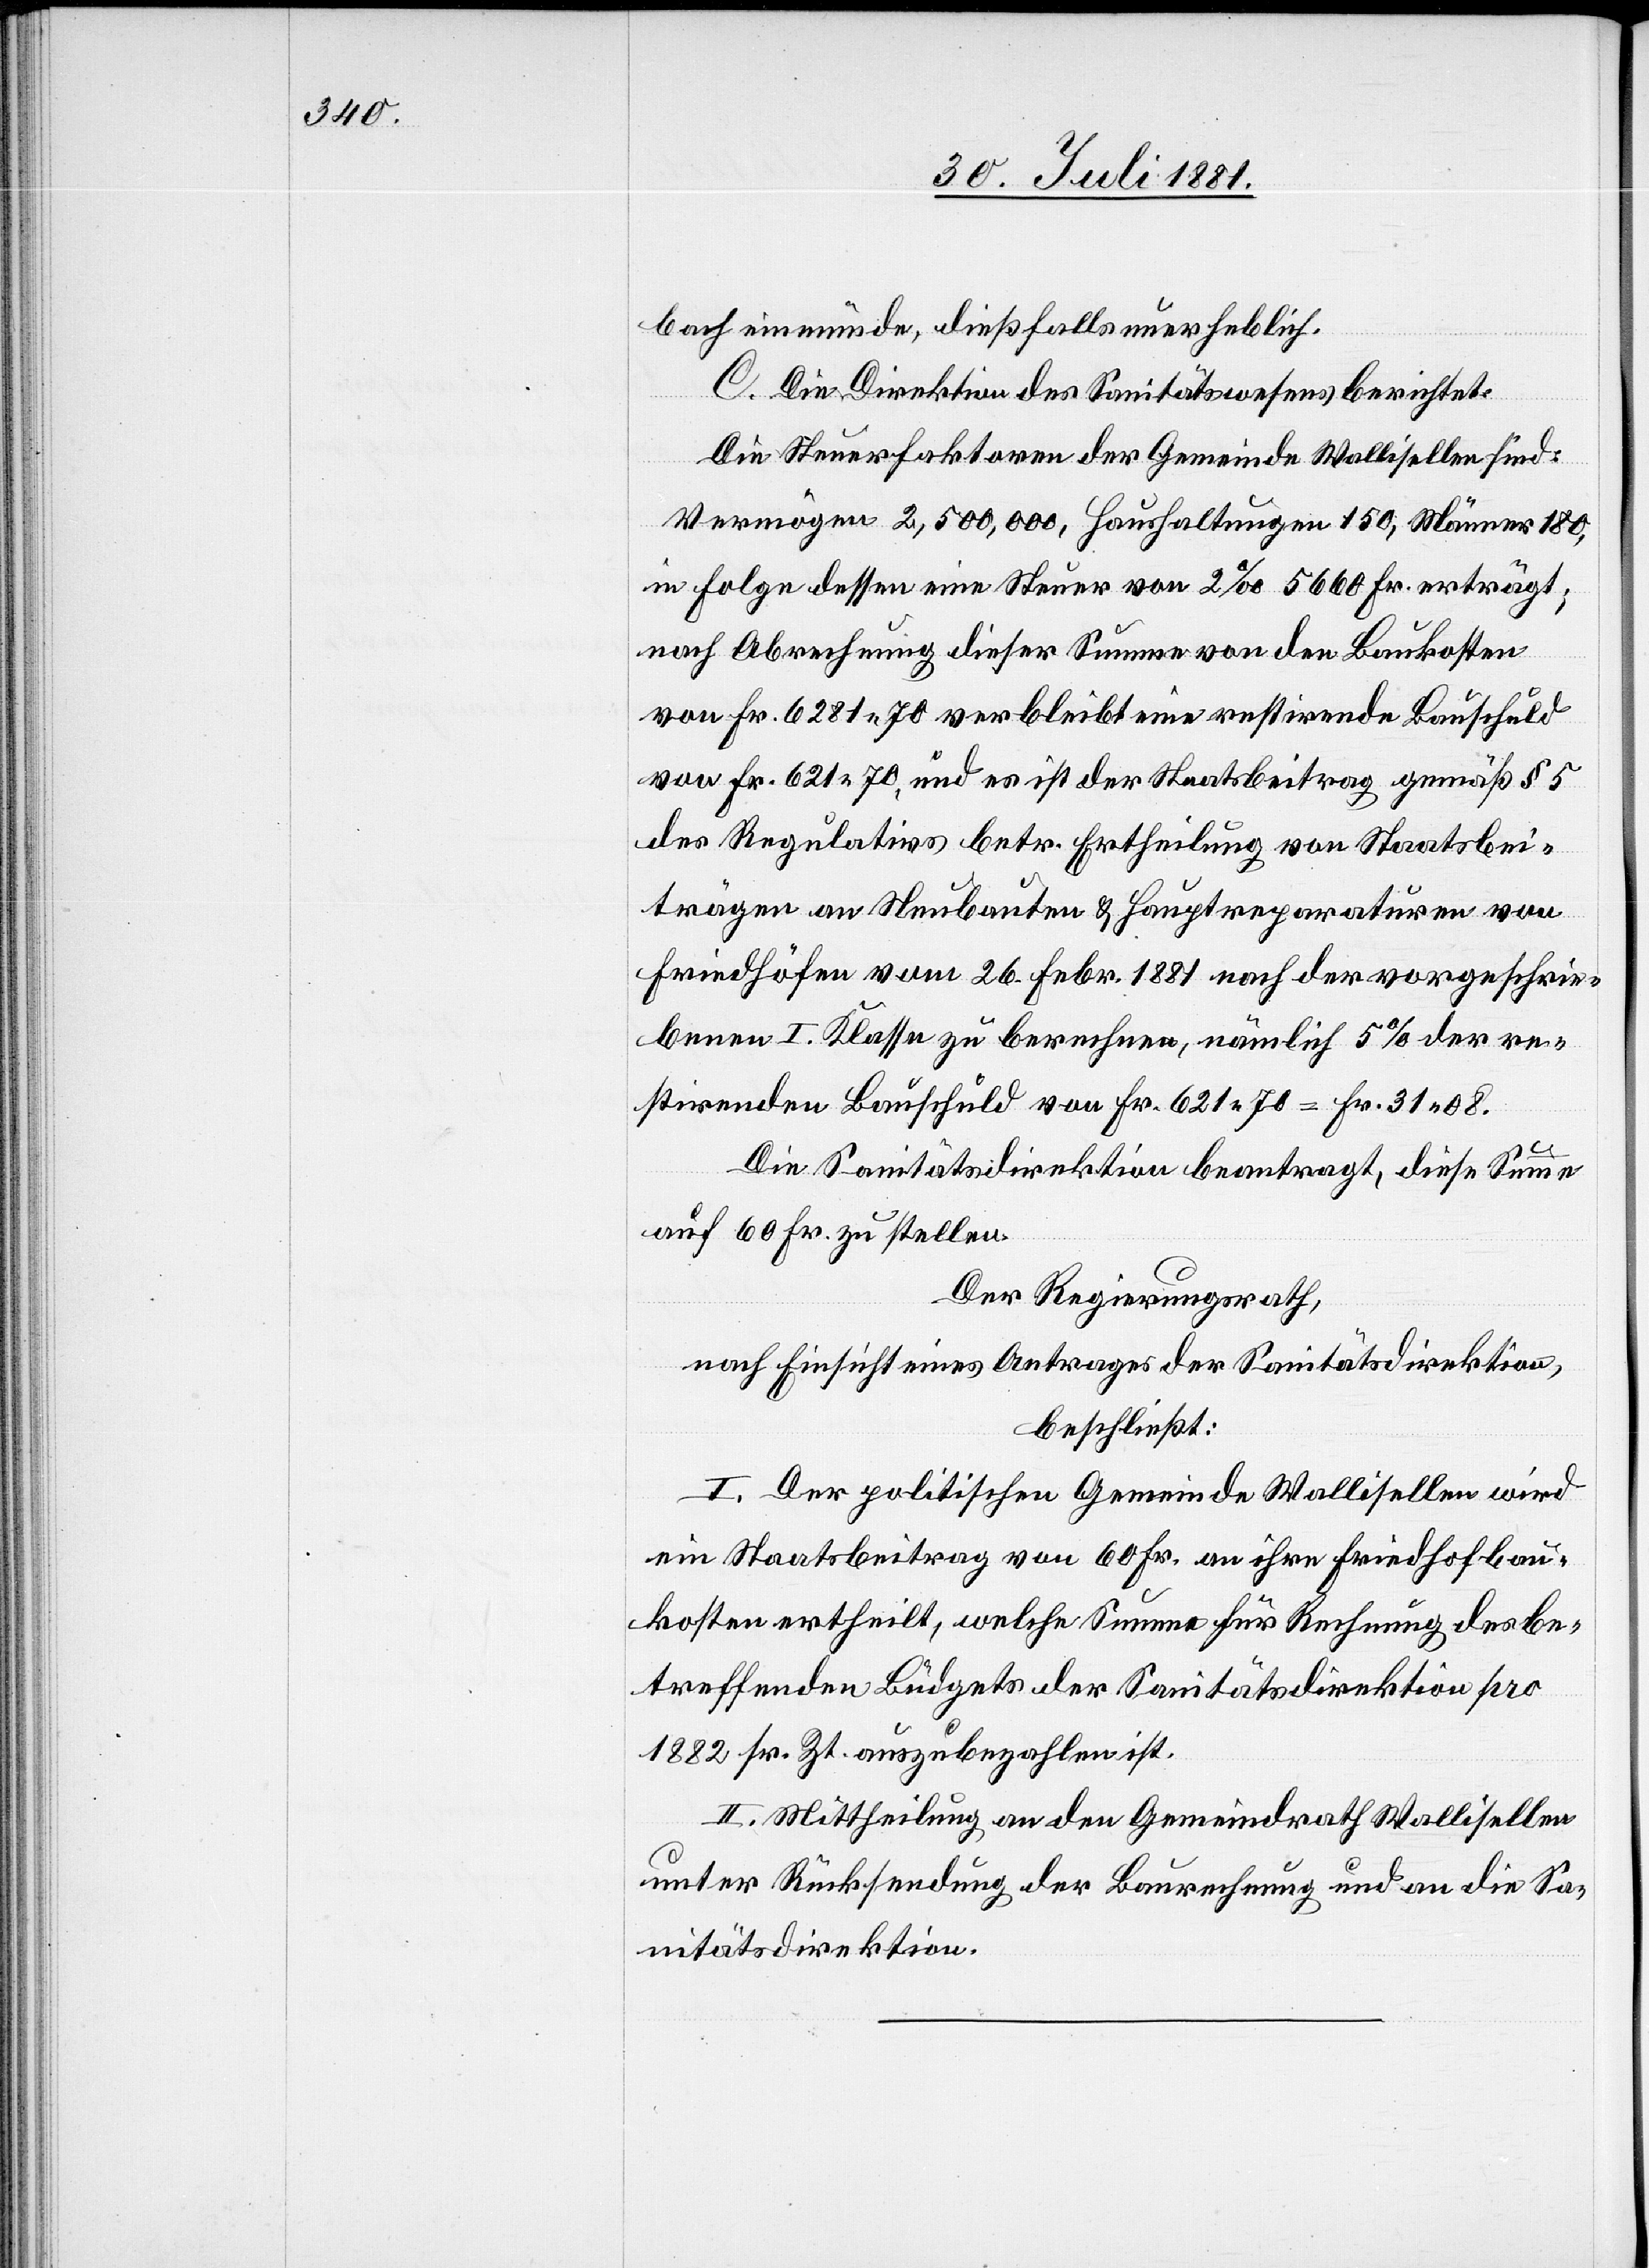
bach einmünde, dießfalls unerheblich.
C. Die Direktion des Sanitätswesens berichtet:
Die Steuerfaktoren der Gemeinde Wallisellen sind:
Vermögen 2,500,000, Haushaltungen 150, Männer 180,
in Folge dessen eine Steuer von 2‰ 5660 Fr. erträgt;
nach Abrechnung dieser Summe von den Baukosten
von Fr. 6281 70 verbleibt eine restirende Bauschuld
von Fr. 621 70, und es ist der Staatsbeitrag gemäß § 5
des Regulativs betr. Ertheilung von Staatsbei¬
trägen an Neubauten & Hauptreparaturen von
Friedhöfen vom 26. Febr. 1881 nach der vorgeschrie¬
benen I. Klasse zu berechnen, nämlich 5% der re¬
stirenden Bauschuld von Fr. 621 70 = Fr. 31 08.
Die Sanitätsdirektion beantragt, diese Summe
auf 60 Fr. zu stellen.
Der Regierungsrath,
nach Einsicht eines Antrages der Sanitätsdirektion,
beschließt:
I. Der politischen Gemeinde Wallisellen wird
ein Staatsbeitrag von 60 Fr. an ihre Friedhofbau¬
kosten ertheilt, welche Summe für Rechnung des be¬
treffenden Budgets der Sanitätsdirektion pro
1882 sr. Zt. auszubezahlen ist.
II. Mittheilung an den Gemeindrath Wallisellen
unter Rücksendung der Baurechnung und an die Sa¬
nitätsdirektion.